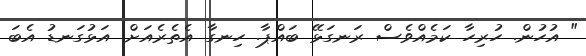
" އުހުން. ހުރިހާ ކަމެއްވެސް ރަނގަޅޭ ބައްޕާ. ހިނގާ އެތެރެއަށް. އަޅުގަނޑު އެބަ